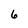
Character: 6